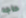
حاجه